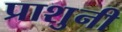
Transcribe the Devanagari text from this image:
प्राशुनी